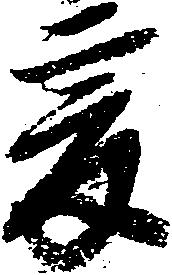
爰